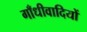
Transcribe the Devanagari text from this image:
गाँधीवादियों